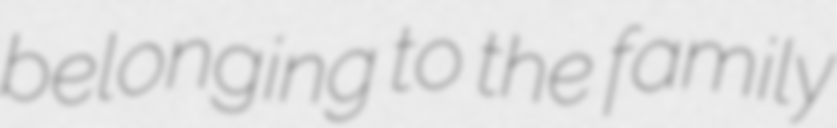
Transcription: belonging to the family